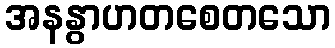
အနနွာဟတစေတသော